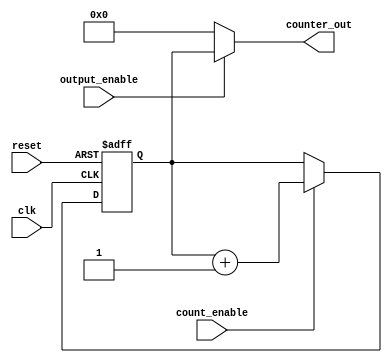
module SynchronousCounter (
    input wire clk,                // Clock input
    input wire reset,              // Asynchronous reset input
    input wire count_enable,       // Count enable input
    input wire output_enable,       // Output enable input
    output reg [3:0] counter_out   // 4-bit counter output
);

    // Internal counter register
    reg [3:0] counter_reg;

    // Asynchronous reset and synchronous counting logic
    always @(posedge clk or posedge reset) begin
        if (reset) begin
            // Reset the counter to initial state (0)
            counter_reg <= 4'b0000;
        end else if (count_enable) begin
            // Increment the counter
            counter_reg <= counter_reg + 1;
        end
    end

    // Output control logic
    always @(*) begin
        if (output_enable) begin
            // If output enable is asserted, output the counter value
            counter_out = counter_reg;
        end else begin
            // If output enable is not asserted, hold the previous value (or set to default)
            counter_out = 4'b0000; // You can change this to hold the last value if needed
        end
    end

endmodule